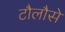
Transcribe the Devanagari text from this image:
टौलौसे